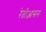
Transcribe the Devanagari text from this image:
रेतीआसन